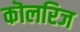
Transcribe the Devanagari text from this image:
कॊलरिज